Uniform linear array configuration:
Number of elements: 8
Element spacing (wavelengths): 0.5
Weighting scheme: hamming
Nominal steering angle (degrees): -15
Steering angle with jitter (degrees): -14.71
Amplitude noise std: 0.05
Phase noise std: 0.05

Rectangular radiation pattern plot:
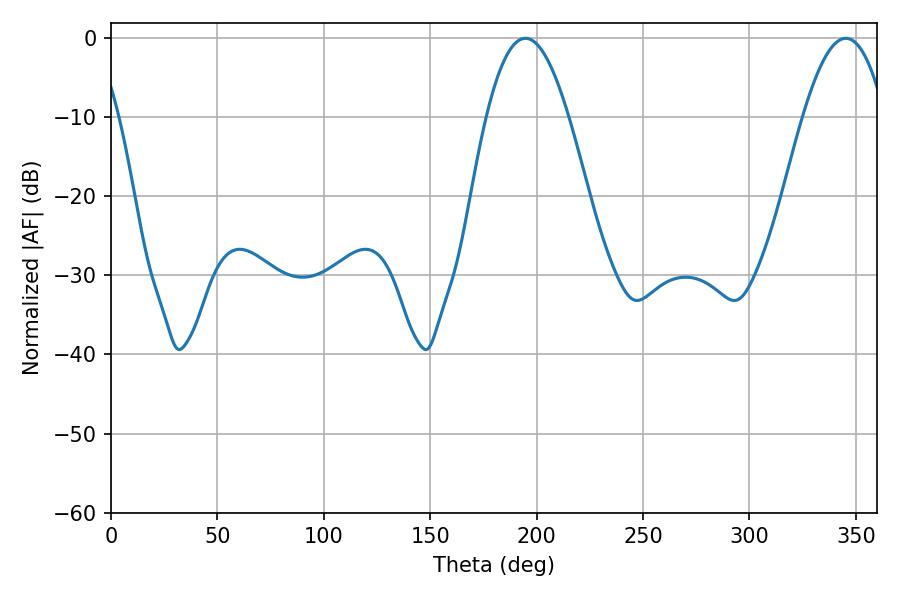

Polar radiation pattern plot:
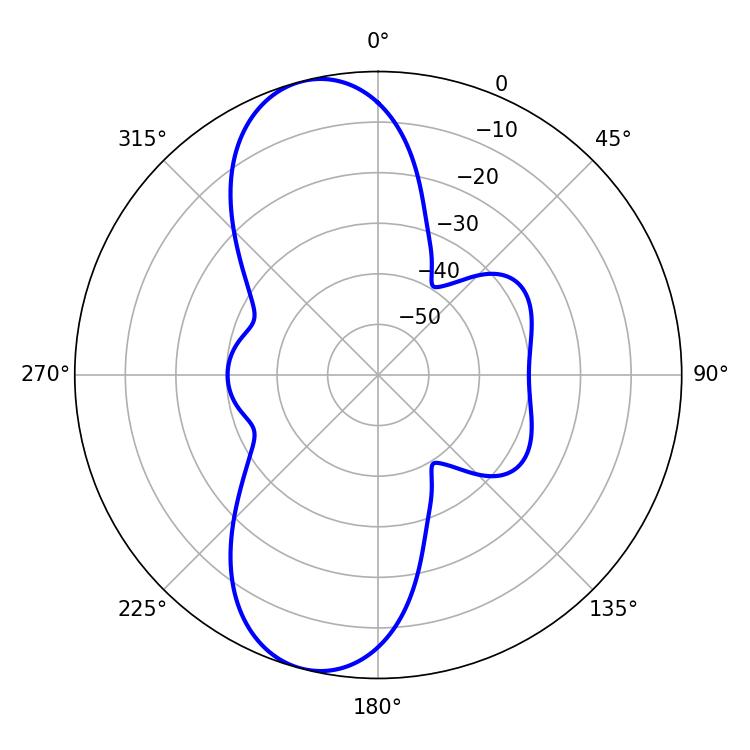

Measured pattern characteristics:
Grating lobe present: FALSE
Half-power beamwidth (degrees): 21.06
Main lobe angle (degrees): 194.76